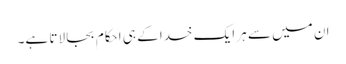
ان میں سے ہر ایک خدا کے ہی احکام بجا لاتا ہے۔